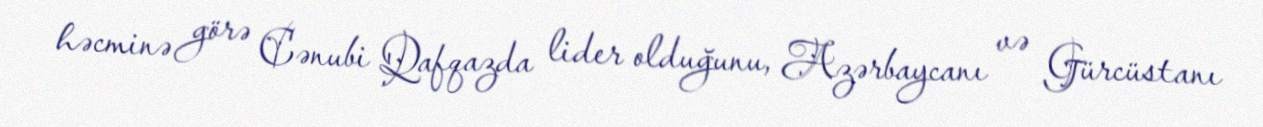
həcminə görə Cənubi Qafqazda lider olduğunu, Azərbaycanı və Gürcüstanı